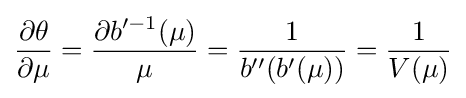
{\frac {\partial \theta }{\partial \mu }}={\frac {\partial b'^{-1}(\mu )}{\mu }}={\frac {1}{b''(b'(\mu ))}}={\frac {1}{V(\mu )}}